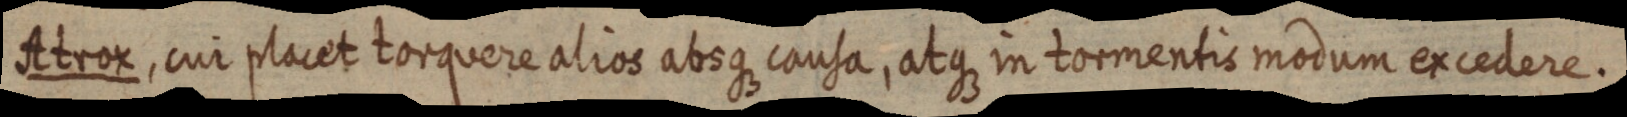
Atrox, cui placet torquere alios absque causa, atque in tormentis modum excedere.